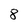
Character: 8